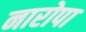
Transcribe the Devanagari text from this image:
नारोपा